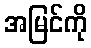
အမြင်ကို